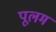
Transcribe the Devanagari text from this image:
पूलम